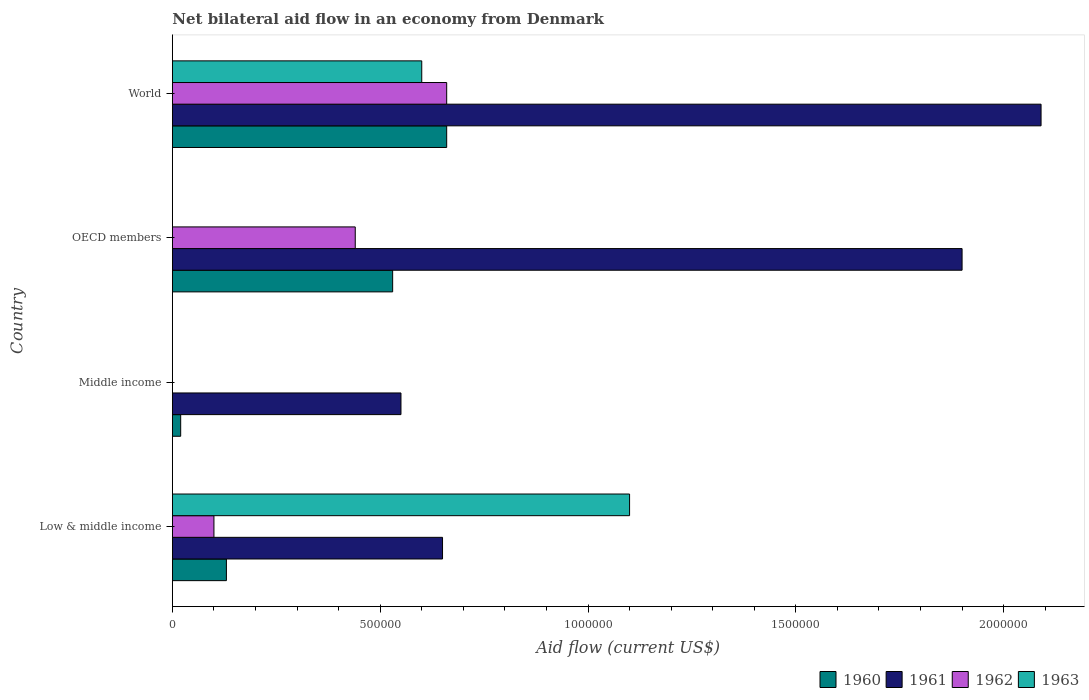
| Country | 1960 | 1961 | 1962 | 1963 |
 | --- | --- | --- | --- | --- |
 | Low & middle income | 1.3e+05 | 6.5e+05 | 1e+05 | 1.1e+06 |
 | Middle income | 2e+04 | 5.5e+05 | -1.2e+05 | -1e+05 |
 | OECD members | 5.3e+05 | 1.9e+06 | 4.4e+05 | -6e+05 |
 | World | 6.6e+05 | 2.09e+06 | 6.6e+05 | 6e+05 |